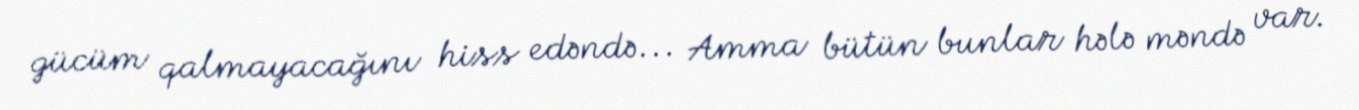
gücüm qalmayacağını hiss edəndə... Amma bütün bunlar hələ məndə var.